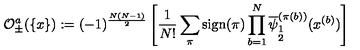
{ \cal O } _ { \pm } ^ { a } ( \{ x \} ) : = ( - 1 ) ^ { \frac { N ( N - 1 ) } { 2 } } \left[ \frac { 1 } { N ! } \sum _ { \pi } \mathrm { s i g n } ( \pi ) \prod _ { b = 1 } ^ { N } \overline { { \psi } } _ { \stackrel { { \scriptstyle 1 } } { { \scriptstyle 2 } } } ^ { ( \pi ( b ) ) } ( x ^ { ( b ) } ) \right]